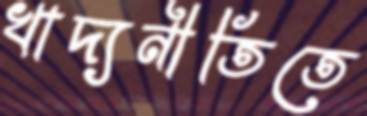
খাদ্যনীতিতে